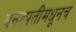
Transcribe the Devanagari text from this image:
वनस्पतींमधूनच